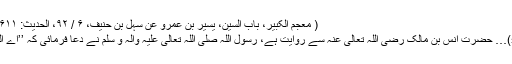
( معجم الکبیر، باب السین، یسیر بن عمرو عن سہل بن حنیف، ۶ / ۹۲، الحدیث: ۵۶۱۱)
(5)… حضرت انس بن مالک رَضِیَ اللّٰہُ تَعَالٰی عَنْہُ سے روایت ہے، رسولُ اللّٰہ صَلَّی اللّٰہُ تَعَالٰی عَلَیْہِ وَاٰلِہ وَ سَلَّمَ نے دعا فرمائی کہ ’’اے اللّٰہ!